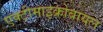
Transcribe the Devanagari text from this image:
एक्टीमाइक्रोबायल